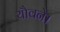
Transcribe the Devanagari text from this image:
यौवने।